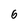
Character: 6